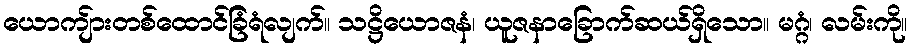
ယောကျ်ားတစ်ထောင်ခြံရံလျက်။ သဋ္ဌိယောဇနံ၊ ယူဇနာခြောက်ဆယ်ရှိသော။ မဂ္ဂံ၊ လမ်းကို။